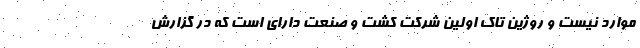
موارد نیست و روژین تاک اولین شرکت کشت و صنعت دارای است که در گزارش